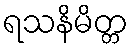
ရသနိမိတ္တ